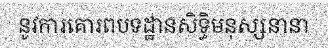
នូវការគោរពបទដ្ឋានសិទ្ធិមនុស្សនានា